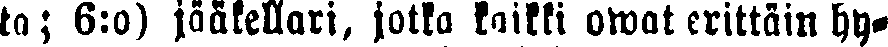
ta; 6:o) jääkellari, jotka kaikki owat erittäin hy-